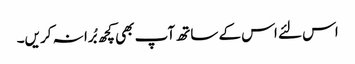
اس لئے اس کے ساتھ آپ بھی کچھ بُرا نہ کریں۔